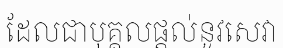
ដែលជាបុគ្គលផ្តល់នូវសេវា